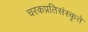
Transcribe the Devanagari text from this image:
चरकप्रतिसंस्कृते